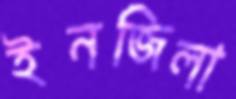
ইনজিলা